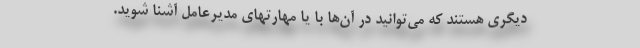
دیگری هستند که می‌توانید در آن‌ها با یا مهارتهای مدیرعامل آشنا شوید.